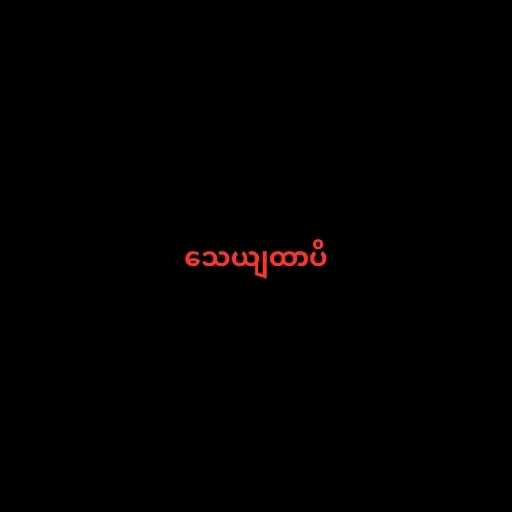
သေယျထာပိ